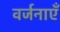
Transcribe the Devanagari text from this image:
वर्जनाएँ